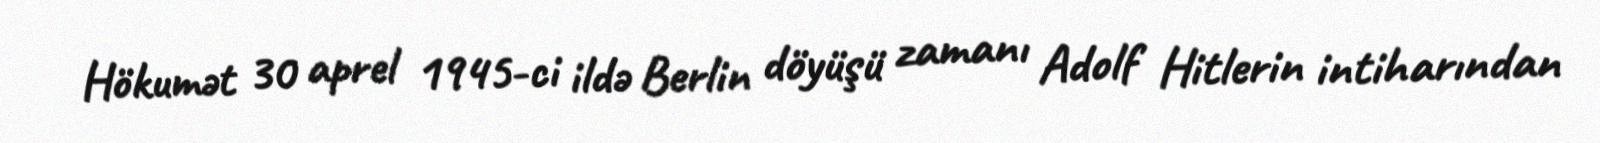
Hökumət 30 aprel 1945-ci ildə Berlin döyüşü zamanı Adolf Hitlerin intiharından